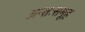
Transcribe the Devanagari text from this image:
अन्तःसमूह